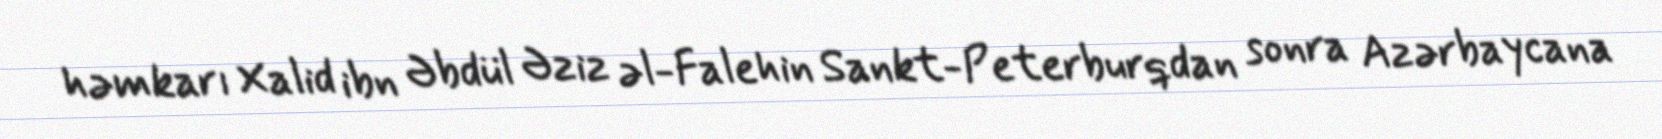
həmkarı Xalid ibn Əbdül Əziz əl-Falehin Sankt-Peterburqdan sonra Azərbaycana